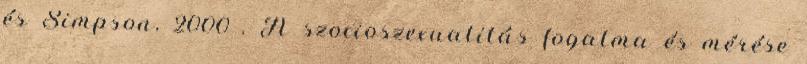
és Simpson, 2000 . A szocioszexualitás fogalma és mérése